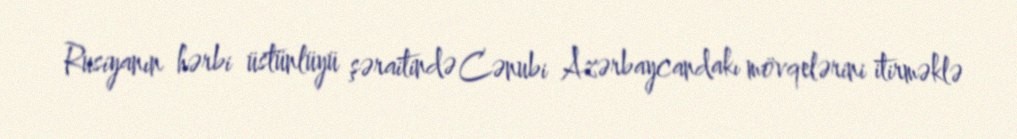
Rusiyanın hərbi üstünlüyü şəraitində Cənubi Azərbaycandakı mövqelərini itirməklə